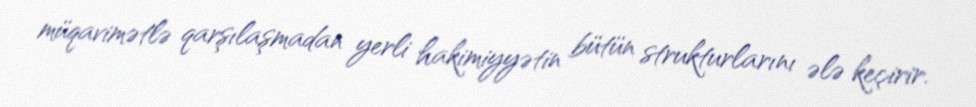
müqavimətlə qarşılaşmadan yerli hakimiyyətin bütün strukturlarını ələ keçirir.